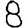
Digit: 8